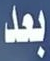
بعد